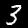
Digit: 3